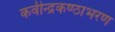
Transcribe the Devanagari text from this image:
कवीन्द्रकण्ठाभरण